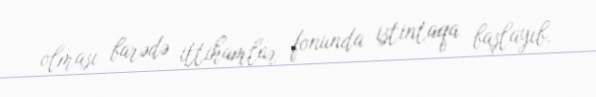
olması barədə ittihamlar fonunda istintaqa başlayıb.